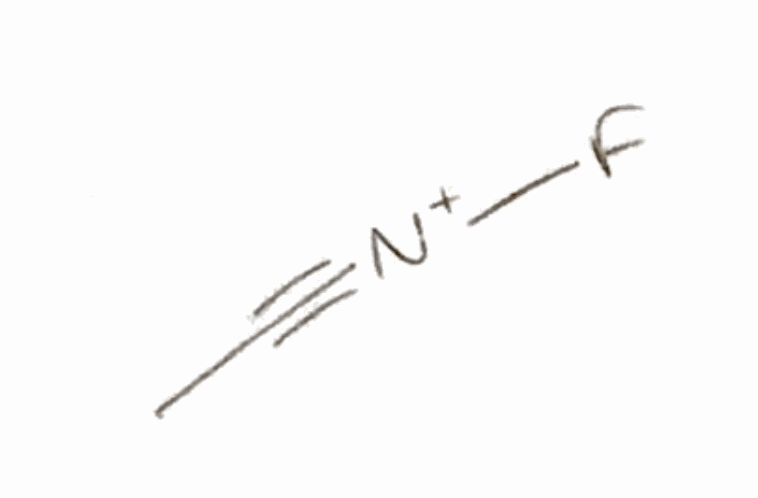
Simplified molecular-input line-entry system (SMILES) notation of the given molecule:
CC#[N+]F